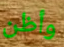
وأظن